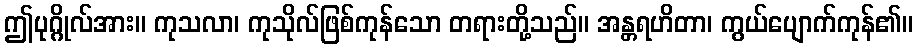
ဤပုဂ္ဂိုလ်အား။ ကုသလာ၊ ကုသိုလ်ဖြစ်ကုန်သော တရားတို့သည်။ အန္တရဟိတာ၊ ကွယ်ပျောက်ကုန်၏။